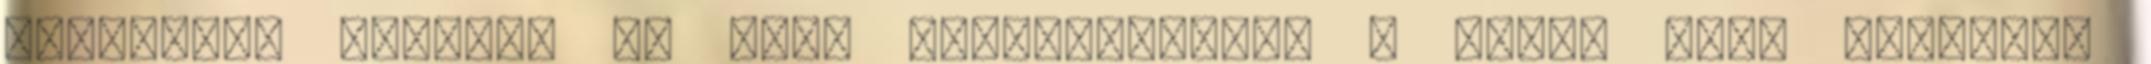
makócápát jelent. Az autó karosszériája a gyors cápa testéhez